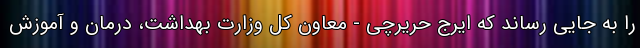
را به جایی رساند که ایرج حریرچی - معاون کل وزارت بهداشت، درمان و آموزش